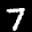
Label: 7